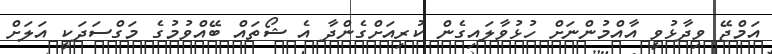
އަމްޖޭ ވިދާޅުވީ އާއްމުންނަށް ހުޅުވާލައިގެން ކުރިއަށްގެންދާ އެ ޝޯތައް ބޭއްވުމުގެ މަގްސަދަކީ އަލަށް